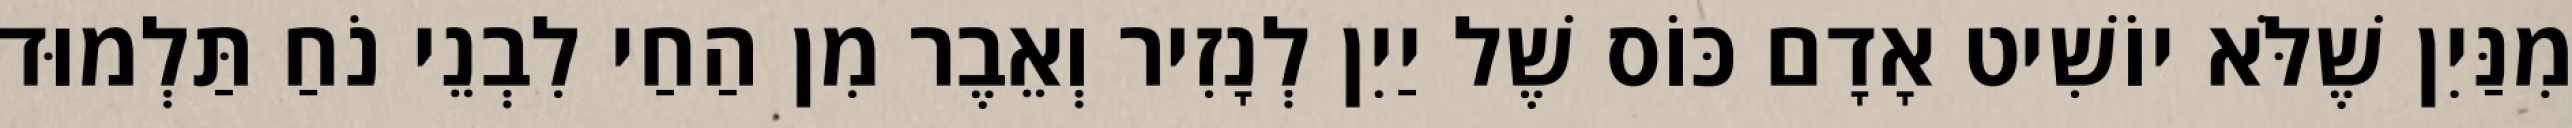
מִנַּיִן שֶׁלֹּא יוֹשִׁיט אָדָם כּוֹס שֶׁל יַיִן לְנָזִיר וְאֵבֶר מִן הַחַי לִבְנֵי נֹחַ תַּלְמוּד